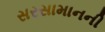
સરસામાનની